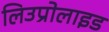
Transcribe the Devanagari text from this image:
लिउप्रोलाइड